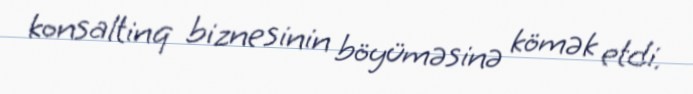
konsaltinq biznesinin böyüməsinə kömək etdi.